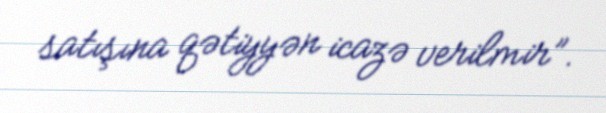
satışına qətiyyən icazə verilmir”.